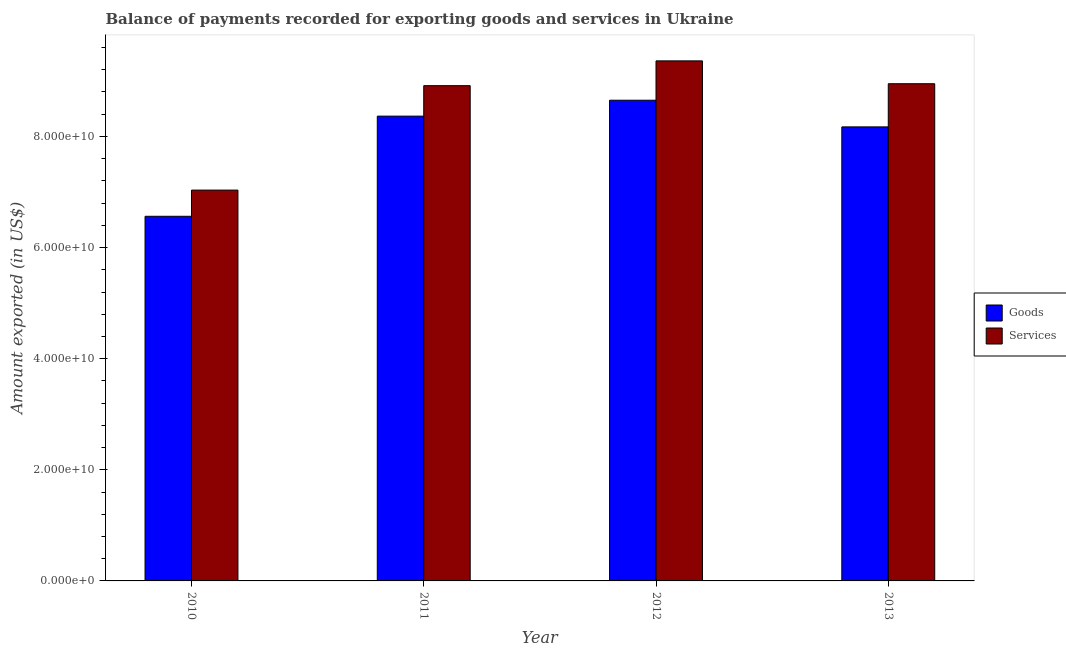
| Year | Goods | Services |
 | --- | --- | --- |
 | 2010 | 6.56e+10 | 7.03e+10 |
 | 2011 | 8.37e+10 | 8.91e+10 |
 | 2012 | 8.65e+10 | 9.36e+10 |
 | 2013 | 8.17e+10 | 8.95e+10 |